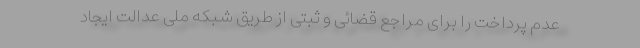
عدم پرداخت را برای مراجع قضائی و ثبتی از طریق شبکه ملی عدالت ایجاد